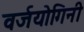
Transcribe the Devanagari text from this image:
वर्जयोगिनी